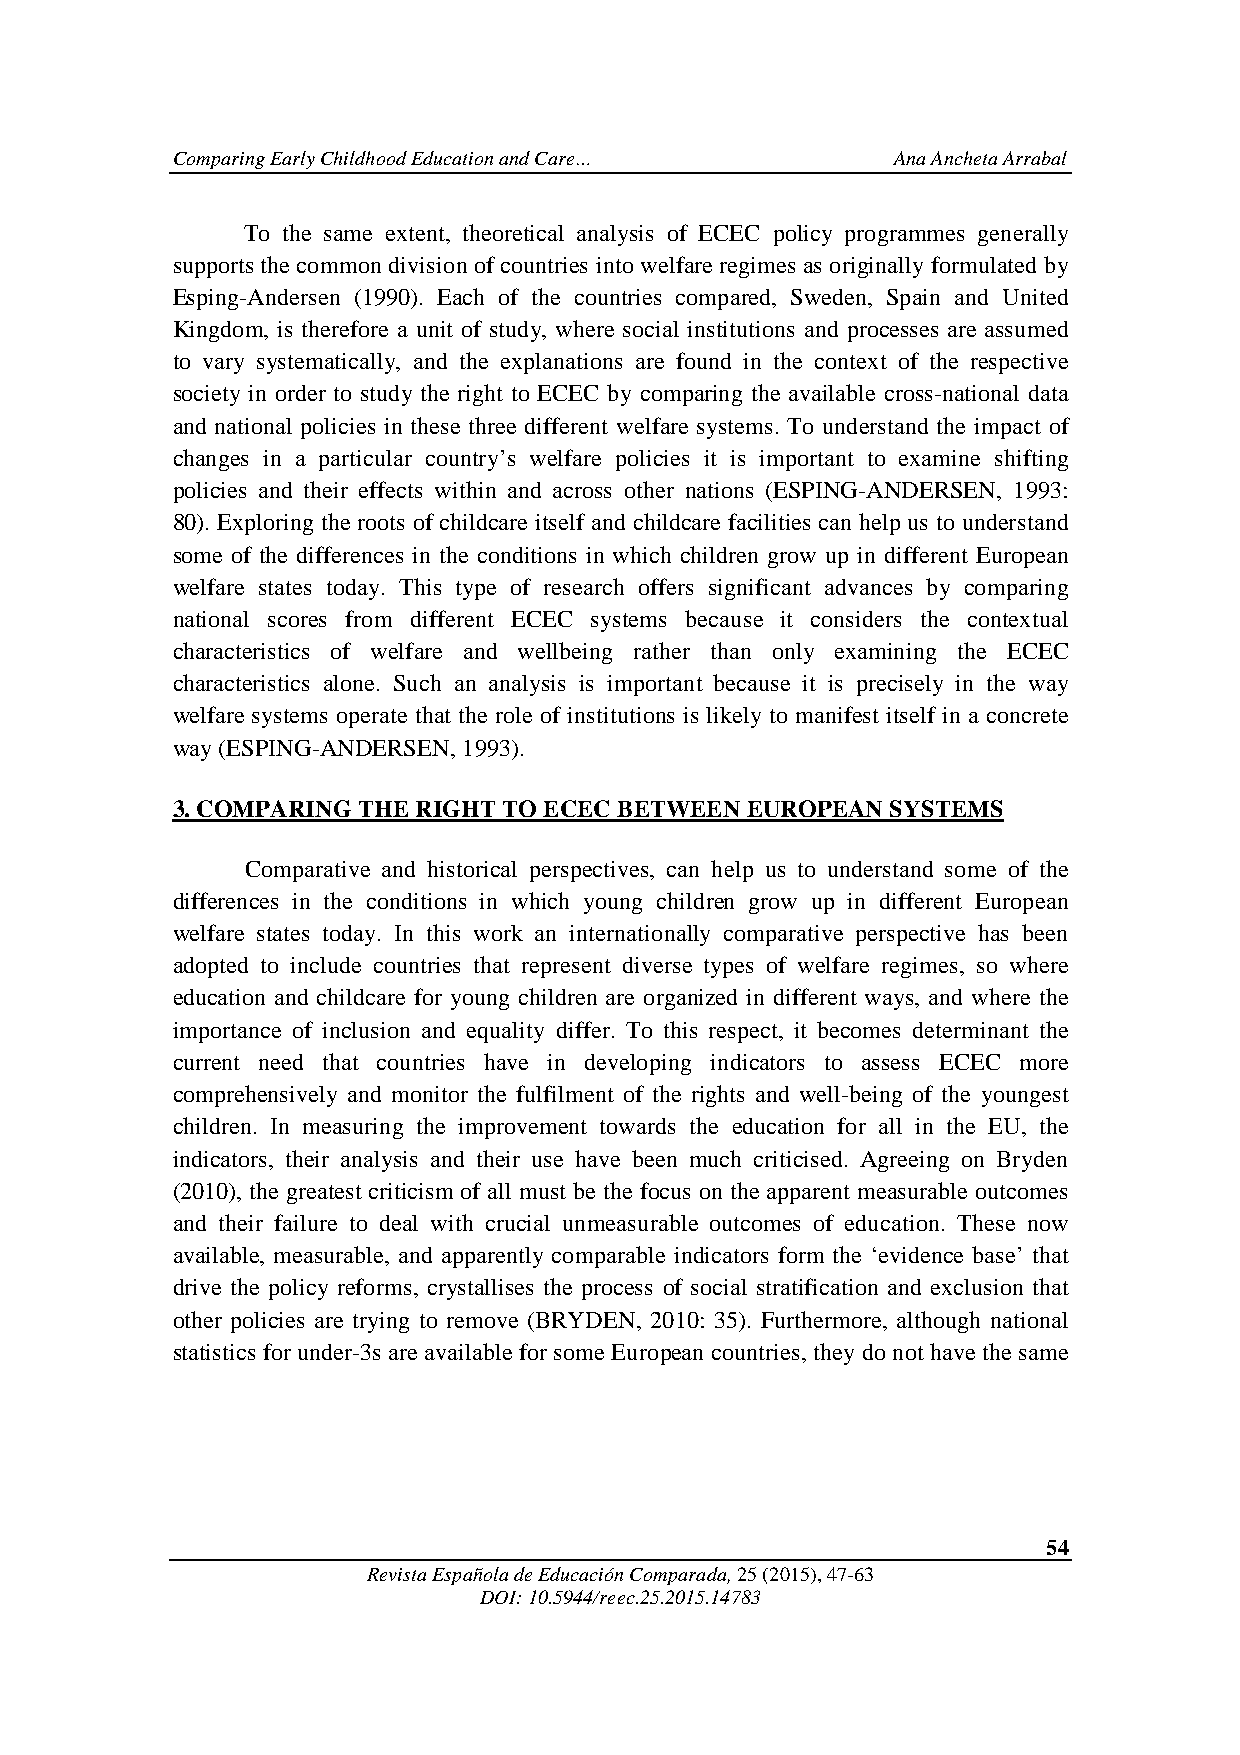
Comparing Early Childhood Education and Care…   Ana Ancheta Arrabal
 To the same extent, theoretical analysis of ECEC policy programmes generally
 supports the common division of countries into welfare regimes as originally formulated by
 Esping-Andersen (1990). Each of the countries compared, Sweden, Spain and United
 Kingdom, is therefore a unit of study, where social institutions and processes are assumed
 to vary systematically, and the explanations are found in the context of the respective
 society in order to study the right to ECEC by comparing the available cross-national data
 and national policies in these three different welfare systems. To understand the impact of
 changes in a particular country’s welfare policies it is important to examine shifting
 policies and their effects within and across other nations (ESPING-ANDERSEN, 1993:
 80). Exploring the roots of childcare itself and childcare facilities can help us to understand
 some of the differences in the conditions in which children grow up in different European
 welfare states today. This type of research offers significant advances by comparing
 national scores from different ECEC systems because it considers the contextual
 characteristics of welfare and wellbeing rather than only examining the ECEC
 characteristics alone. Such an analysis is important because it is precisely in the way
 welfare systems operate that the role of institutions is likely to manifest itself in a concrete
 way (ESPING-ANDERSEN, 1993).
 3. COMPARING THE RIGHT TO ECEC BETWEEN EUROPEAN SYSTEMS
 Comparative and historical perspectives, can help us to understand some of the
 differences in the conditions in which young children grow up in different European
 welfare states today. In this work an internationally comparative perspective has been
 adopted to include countries that represent diverse types of welfare regimes, so where
 education and childcare for young children are organized in different ways, and where the
 importance of inclusion and equality differ. To this respect, it becomes determinant the
 current need that countries have in developing indicators to assess ECEC more
 comprehensively and monitor the fulfilment of the rights and well-being of the youngest
 children. In measuring the improvement towards the education for all in the EU, the
 indicators, their analysis and their use have been much criticised. Agreeing on Bryden
 (2010), the greatest criticism of all must be the focus on the apparent measurable outcomes
 and their failure to deal with crucial unmeasurable outcomes of education. These now
 available, measurable, and apparently comparable indicators form the ‘evidence base’ that
 drive the policy reforms, crystallises the process of social stratification and exclusion that
 other policies are trying to remove (BRYDEN, 2010: 35). Furthermore, although national
 statistics for under-3s are available for some European countries, they do not have the same
 54
 Revista Española de Educación Comparada, 25 (2015), 47-63
 DOI: 10.5944/reec.25.2015.14783